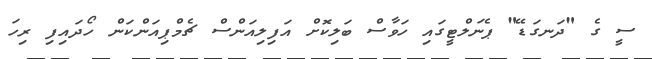
ސީ ގެ "ދަނގަޑޭ" ޕެނަލްޓީގައި ހަވާސް ބަލިކޮށް އަފިލިއަންސް ޗެމްޕިއަންކަން ހޯދައިފި ރިހަ